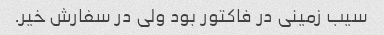
سیب زمینی در فاکتور بود ولی در سفارش خیر.